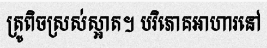
ត្រូពិចស្រស់ស្អាត។ បរិភោគអាហារនៅ